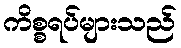
ကိစ္စရပ်များသည်